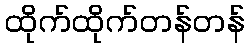
ထိုက်ထိုက်တန်တန်